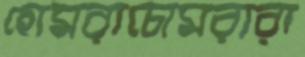
হোমরাচোমরারা